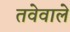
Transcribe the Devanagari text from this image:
तवेवाले